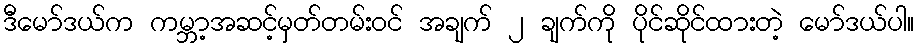
ဒီမော်ဒယ်က ကမ္ဘာ့အဆင့်မှတ်တမ်းဝင် အချက် ၂ ချက်ကို ပိုင်ဆိုင်ထားတဲ့ မော်ဒယ်ပါ။